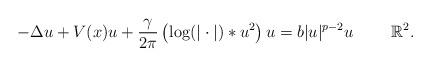
LaTeX: \begin{align*}-\Delta u + V(x)u + \frac{\gamma}{2\pi} \left(\log(|\cdot|) \ast u^2 \right)u = b |u|^{p-2}u \qquad\ \mathbb{R}^2.\end{align*}